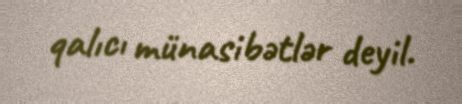
qalıcı münasibətlər deyil.